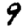
Digit: 9